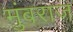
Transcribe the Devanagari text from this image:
मुंबराज